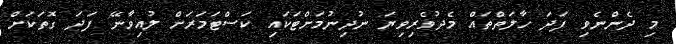
މި ދެންނެވި ފަދަ ހާލަތްތައް މެދުވެރިވިޔަ ނުދިނުމަށްޓަކައި ކަސްޓަމަރަށް ލުއިވާނޭ ފަދަ ގޮތަކަށް